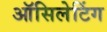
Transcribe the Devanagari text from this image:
ऑसिलेटिंग